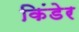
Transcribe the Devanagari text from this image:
किंडेर